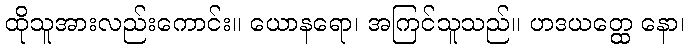
ထိုသူအားလည်းကောင်း။ ယောနရော၊ အကြင်သူသည်။ ဟဒယတ္ထေ နော၊